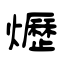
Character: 爏